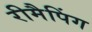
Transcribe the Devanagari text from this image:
रीमैपिंग